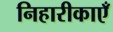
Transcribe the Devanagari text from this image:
निहारीकाएँ